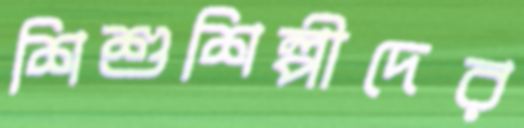
শিশুশিল্পীদের